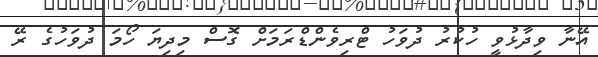
އޭނާ ވިދާޅުވީ ހުކުރު ދުވަހު ޓްރިވެންޑްރަމަށް ގޮސް މިދިޔަ ހޯމަ ދުވަހުގެ ރޭ